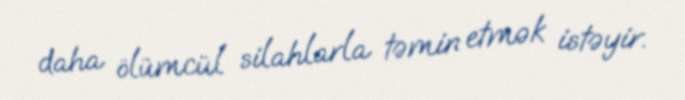
daha ölümcül silahlarla təmin etmək istəyir.